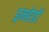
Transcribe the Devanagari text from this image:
ड्रमहेडों